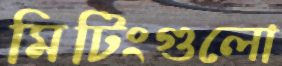
মিটিংগুলো